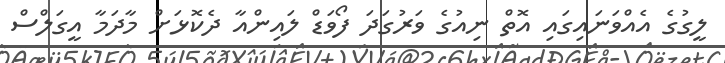
ލީގުގެ އެއްވަނައިގައި އޮތް ނިއުގެ ވަރުގަދަ ފޯވަޑް ލައިންއާ ދެކޮޅަށް މާދަމާ އީގަލްސް